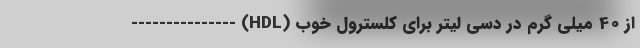
از 40 میلی گرم در دسی لیتر برای کلسترول خوب (HDL) ---------------